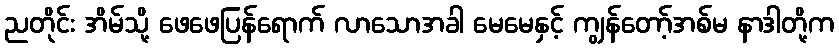
ညတိုင်း အိမ်သို့ ဖေဖေပြန်ရောက် လာသောအခါ မေမေနှင့် ကျွန်တော့်အစ်မ နာဒါတို့က